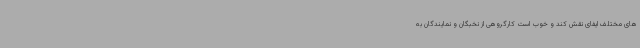
های مختلف ایفای نقش کند و خوب است کارگروهی از نخبگان و نمایندگان به